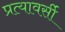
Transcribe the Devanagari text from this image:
प्रत्यावर्सी